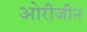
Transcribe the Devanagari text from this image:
ओरीजीन